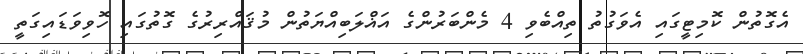
އެގޮތުން ކޮމިޓީގައި އެވަގުތު ތިއްބެވި 4 މެންބަރުންގެ އަޣްލަބިއްޔަތުން މުޤައްރިރުގެ ގޮތުގައި ހޮވިވަޑައިގަތީ